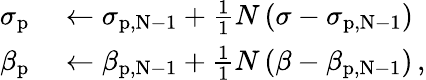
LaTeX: \begin{array}{rl}{\sigma_{\mathrm{p}}}&{{}\leftarrow\sigma_{\mathrm{{p,N-1}}}+\frac{1}{1}{N}\left(\sigma-\sigma_{\mathrm{{p,N-1}}}\right)}\\ {\beta_{\mathrm{p}}}&{{}\leftarrow\beta_{\mathrm{{p,N-1}}}+\frac{1}{1}{N}\left(\beta-\beta_{\mathrm{{p,N-1}}}\right)\, ,}\end{array}